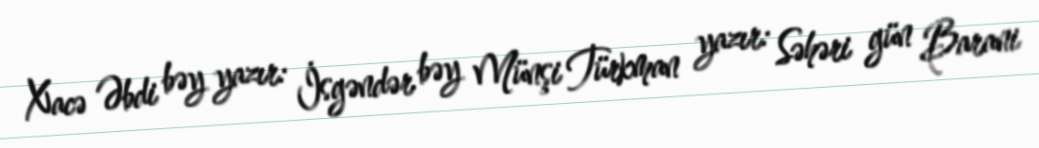
Xacə Əbdi bəy yazır: İsgəndər bəy Münşi Türkman yazır: Səhəri gün Barani